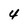
Character: 4